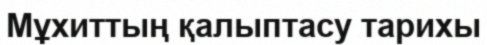
Мұхиттың қалыптасу тарихы